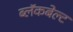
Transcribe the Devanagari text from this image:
ब्लॅकबेल्ट